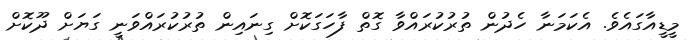
މީޑީއާގައެވެ. އެކަމަނާ ހެދުން ތުރުކުރައްވާ ގޮތް ފާހަގަކޮށް ގިނައިން ތުރުކުރައްވަނީ ގަޔަށް ދޫކޮށް